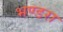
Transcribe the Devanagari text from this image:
भण्डरा